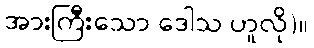
အားကြီးသော ဒေါသ ဟူလို)။